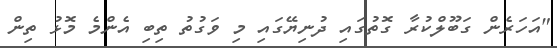
"އަހަރެން ގަބޫލްކުރާ ގޮތުގައި ދުނިޔޭގައި މި ވަގުތު ތިބި އެންމެ މޮޅު ތިން